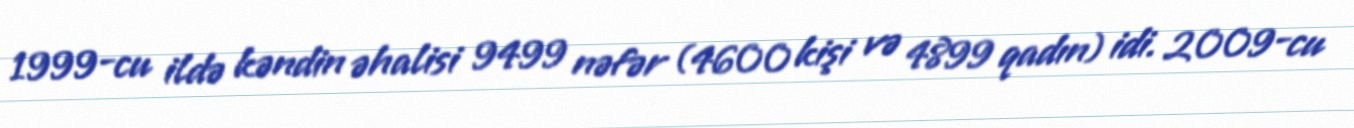
1999-cu ildə kəndin əhalisi 9499 nəfər (4600 kişi və 4899 qadın) idi. 2009-cu